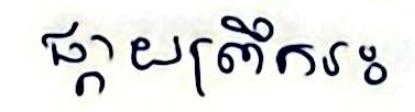
ផ្កាយព្រឹករះ